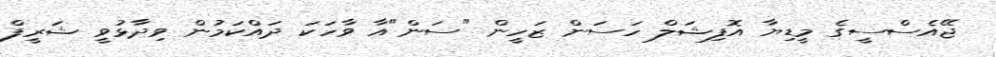
ޖޭއެސްސީގެ މީޑިޔާ އޮފިޝަލް ހަސަން ޒަހީން "ސަން"އާ ވާހަކަ ދައްކަމުން ވިދާޅުވީ ޝަރީފް